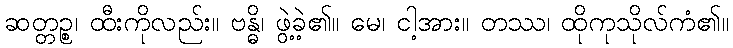
ဆတ္တဉ္စ၊ ထီးကိုလည်း။ ဗန္ဓိ၊ ဖွဲ့ခဲ့၏။ မေ၊ ငါ့အား။ တဿ၊ ထိုကုသိုလ်ကံ၏။